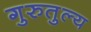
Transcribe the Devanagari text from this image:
गुरुतुल्य